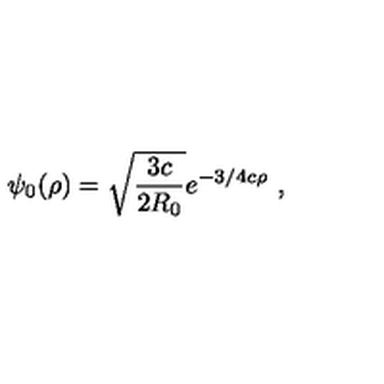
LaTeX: \psi _ { 0 } ( \rho ) = \sqrt \frac { 3 c } { 2 R _ { 0 } } e ^ { - { 3 } / { 4 } c \rho } \ ,